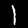
Digit: 1